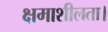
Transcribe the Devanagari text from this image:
क्षमाशीलता।